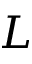
L